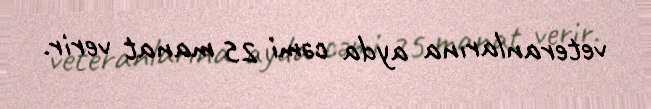
veteranlarına ayda cəmi 25 manat verir.